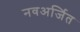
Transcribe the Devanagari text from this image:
नवअर्जित